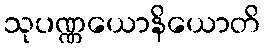
သုပဏ္ဏယောနိယောတိ